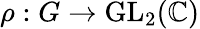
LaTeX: \rho:G\to{\mathrm{GL}}_{2}(\mathbb{C})